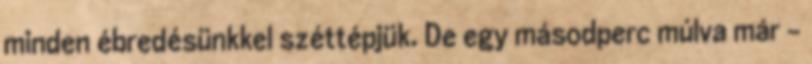
minden ébredésünkkel széttépjük. De egy másodperc múlva már -